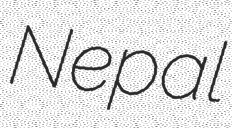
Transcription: Nepal